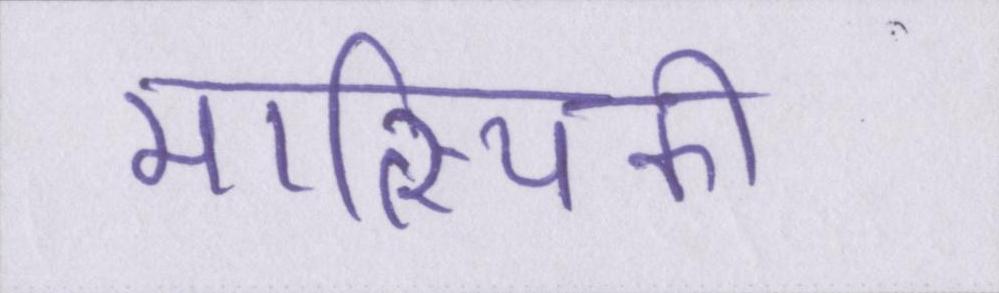
मात्स्यिकी